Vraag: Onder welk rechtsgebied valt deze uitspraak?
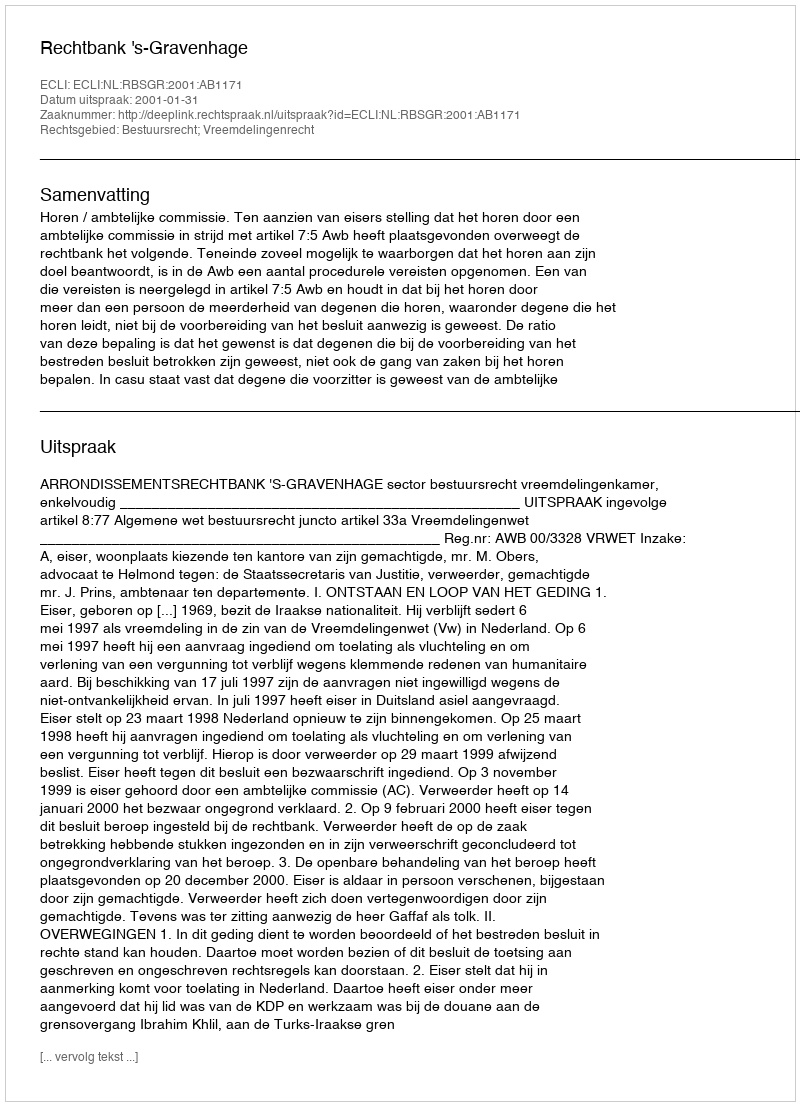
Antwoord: Bestuursrecht; Vreemdelingenrecht